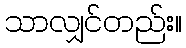
သာလျှင်တည်း။